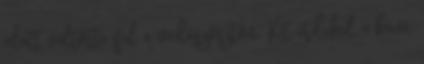
alatt váltotta fel a vadászösztön. Kit érdekel a kávé,